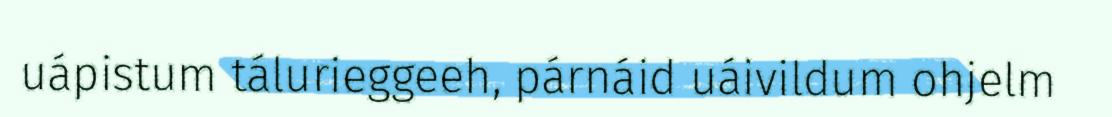
uápistum tálurieggeeh, párnáid uáivildum ohjelm